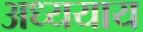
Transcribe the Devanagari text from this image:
अध्ययाय